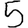
Digit: 5